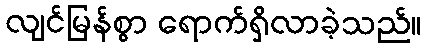
လျင်မြန်စွာ ရောက်ရှိလာခဲ့သည်။